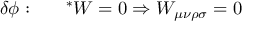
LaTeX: \delta { \phi } : ~ ~ ~ ~ ~ ^ { * } W = 0 \Rightarrow W _ { \mu \nu \rho \sigma } = 0